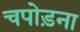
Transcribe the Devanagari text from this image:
चपोड़ना